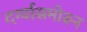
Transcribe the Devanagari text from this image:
दर्ग्यासमोरून